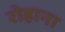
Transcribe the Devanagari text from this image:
रोहाना